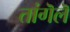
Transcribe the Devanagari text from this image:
तांगॆलॆ